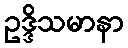
ဥဒ္ဒိသမာနာ